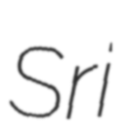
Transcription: Sri